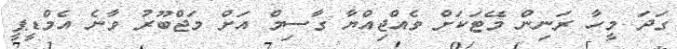
ގަދަ މީހާ ރަނިން މޭޓަކަށް ވެއްޖިއްޔާ ގާސިމް އަށް މަޖްބޫރު ވާނެ އެމްޑީޕީ